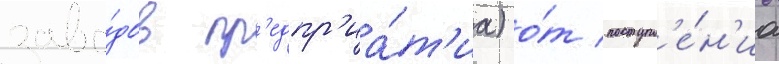
заво́дов пр'едпр'иа́т'иа) о́т поступл'е́н'иа